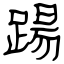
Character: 踼